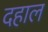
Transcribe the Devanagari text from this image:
दहाल